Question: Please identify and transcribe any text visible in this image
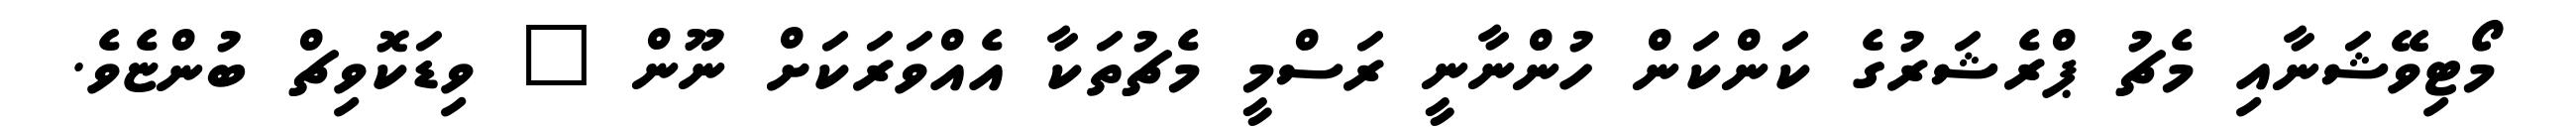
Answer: މޯޓިވޭޝަނާއި މެޗު ޕްރެޝަރުގެ ކަންކަން ހުންނާނީ ރަސްމީ މެޗުތަކާ އެއްވަރަކަށް ނޫން " ވިޑަކޮވިޗް ބުންޏެވެ.